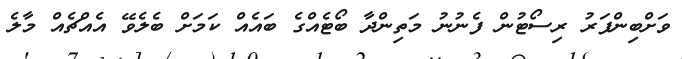
ވަށްބިންފަރު ރިސޯޓުން ފެނުނު މަތިންދާ ބޯޓެއްގެ ބައެއް ކަމަށް ބެލެވޭ އެއްޗެއް މާލެ